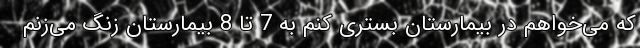
که می‌خواهم در بیمارستان بستری کنم به 7 تا 8 بیمارستان زنگ می‌زنم